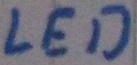
Text: LED